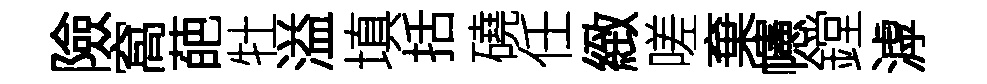
險窩葩牡溢填括磽任緻嗟棄幰鏜滹